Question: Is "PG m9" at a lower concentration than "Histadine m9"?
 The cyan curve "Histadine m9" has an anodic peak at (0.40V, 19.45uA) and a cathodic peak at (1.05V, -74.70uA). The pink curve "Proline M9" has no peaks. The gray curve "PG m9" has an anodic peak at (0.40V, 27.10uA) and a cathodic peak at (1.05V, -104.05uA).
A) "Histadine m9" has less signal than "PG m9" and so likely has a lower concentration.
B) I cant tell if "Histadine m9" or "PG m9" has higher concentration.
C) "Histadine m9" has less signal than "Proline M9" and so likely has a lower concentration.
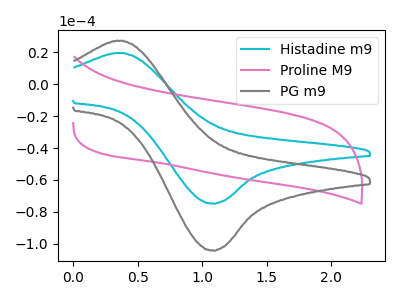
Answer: <think>All the peaks in "Histadine m9" have a peak in "PG m9" at the same potential. Every peak in "Histadine m9" is lower than every peak in "PG m9".
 </think>
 <answer>A) "Histadine m9" has less signal than "PG m9" and so likely has a lower concentration.</answer>
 <eval>A</eval>